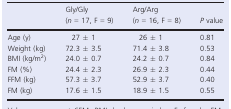
<table><thead><tr><td></td><td><b>Gly/Gly (<i>n </i>=<i></i>17, F = 9)</b></td><td><b>Arg/Arg (<i>n </i>=<i></i>16, F = 8)</b></td><td><b><i>P</i> value</b></td></tr></thead><tbody><tr><td>Age (y)</td><td>27 ± 1</td><td>26 ± 1</td><td>0.81</td></tr><tr><td>Weight (kg)</td><td>72.3 ± 3.5</td><td>71.4 ± 3.8</td><td>0.53</td></tr><tr><td>BMI (kg/m<sup>2</sup>)</td><td>24.0 ± 0.7</td><td>24.2 ± 0.7</td><td>0.84</td></tr><tr><td>FM (%)</td><td>24.4 ± 2.3</td><td>26.9 ± 2.3</td><td>0.44</td></tr><tr><td>FFM (kg)</td><td>57.3 ± 3.7</td><td>52.9 ± 3.7</td><td>0.40</td></tr><tr><td>FM (kg)</td><td>17.6 ± 1.5</td><td>18.9 ± 1.5</td><td>0.55</td></tr></tbody></table>